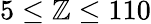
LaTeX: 5\leq\mathbb{Z}\leq110